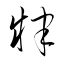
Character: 肄